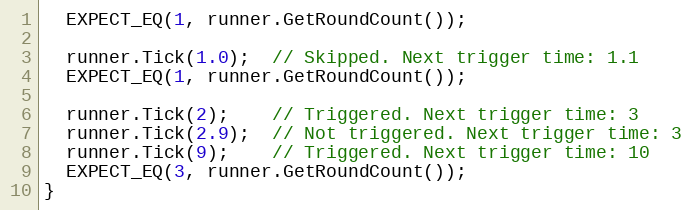
Language: C++
  EXPECT_EQ(1, runner.GetRoundCount());

  runner.Tick(1.0);  // Skipped. Next trigger time: 1.1
  EXPECT_EQ(1, runner.GetRoundCount());

  runner.Tick(2);    // Triggered. Next trigger time: 3
  runner.Tick(2.9);  // Not triggered. Next trigger time: 3
  runner.Tick(9);    // Triggered. Next trigger time: 10
  EXPECT_EQ(3, runner.GetRoundCount());
}